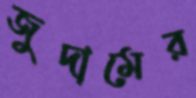
জুদামের